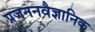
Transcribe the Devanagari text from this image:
प्रजननवैज्ञानिक